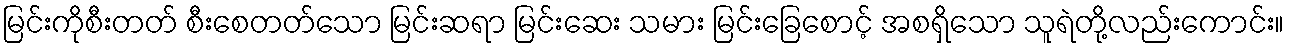
မြင်းကိုစီးတတ် စီးစေတတ်သော မြင်းဆရာ မြင်းဆေး သမား မြင်းခြေစောင့် အစရှိသော သူရဲတို့လည်းကောင်း။